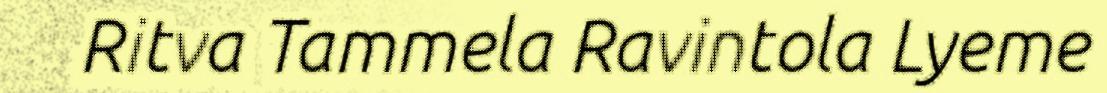
Ritva Tammela Ravintola Lyeme